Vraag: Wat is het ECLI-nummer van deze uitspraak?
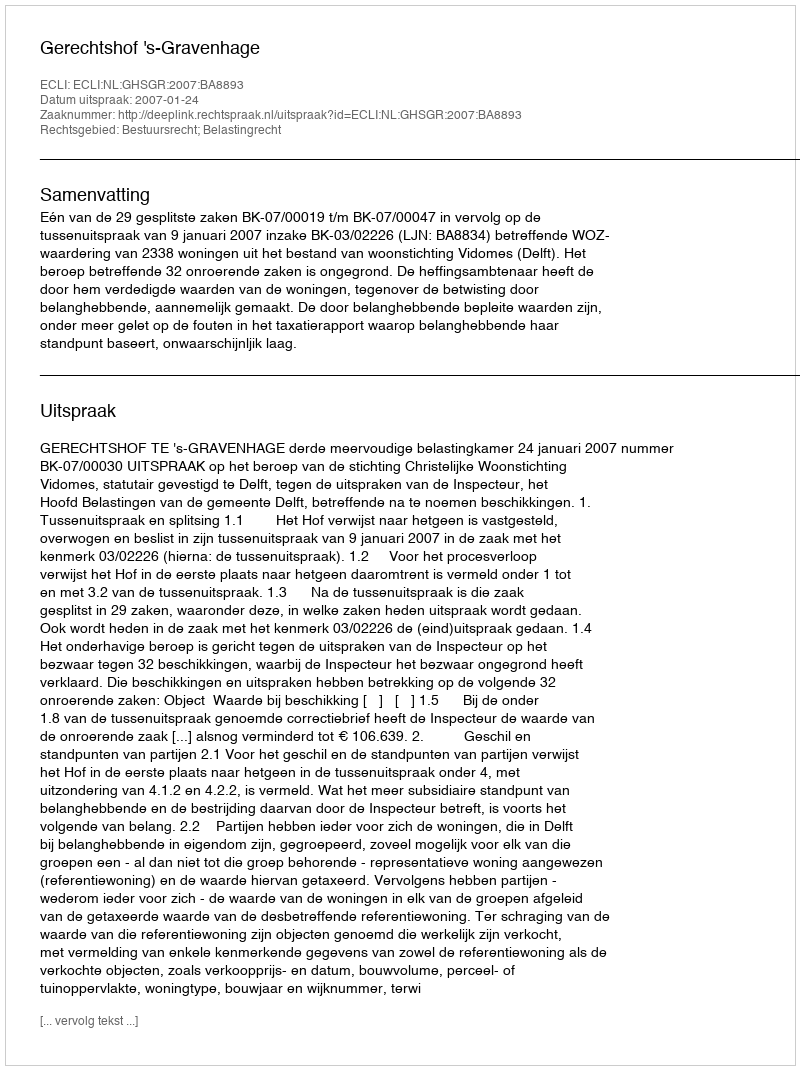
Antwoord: ECLI:NL:GHSGR:2007:BA8893